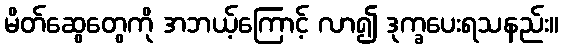
မိတ်ဆွေတွေကို အဘယ့်ကြောင့် လာ၍ ဒုက္ခပေးရသနည်း။